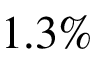
1 . 3 \%